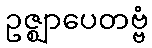
ဥဇ္ဈာပေတဗ္ဗံ